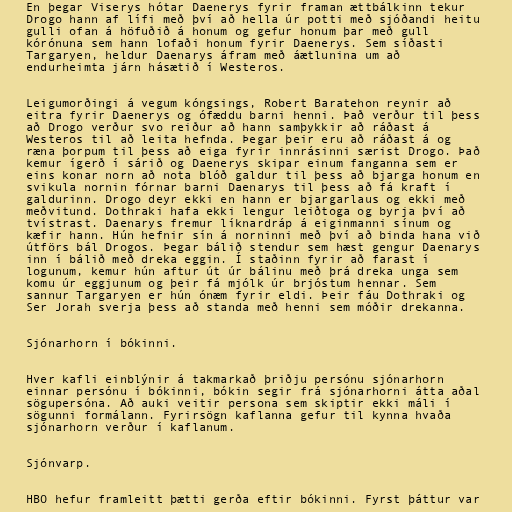
En þegar Viserys hótar Daenerys fyrir framan ættbálkinn tekur
Drogo hann af lífi með því að hella úr potti með sjóðandi heitu
gulli ofan á höfuðið á honum og gefur honum þar með gull
kórónuna sem hann lofaði honum fyrir Daenerys. Sem síðasti
Targaryen, heldur Daenarys áfram með áætlunina um að
endurheimta járn hásætið í Westeros.

Leigumorðingi á vegum kóngsings, Robert Baratehon reynir að
eitra fyrir Daenerys og ófæddu barni henni. Það verður til þess
að Drogo verður svo reiður að hann samþykkir að ráðast á
Westeros til að leita hefnda. Þegar þeir eru að ráðast á og
ræna þorpum til þess að eiga fyrir innrásinni særist Drogo. Það
kemur ígerð í sárið og Daenerys skipar einum fanganna sem er
eins konar norn að nota blóð galdur til þess að bjarga honum en
svikula nornin fórnar barni Daenarys til þess að fá kraft í
galdurinn. Drogo deyr ekki en hann er bjargarlaus og ekki með
meðvitund. Dothraki hafa ekki lengur leiðtoga og byrja því að
tvístrast. Daenarys fremur líknardráp á eiginmanni sínum og
kæfir hann. Hún hefnir sín á norninni með því að binda hana við
útförs bál Drogos. Þegar bálið stendur sem hæst gengur Daenarys
inn í bálið með dreka eggin. Í staðinn fyrir að farast í
logunum, kemur hún aftur út úr bálinu með þrá dreka unga sem
komu úr eggjunum og þeir fá mjólk úr brjóstum hennar. Sem
sannur Targaryen er hún ónæm fyrir eldi. Þeir fáu Dothraki og
Ser Jorah sverja þess að standa með henni sem móðir drekanna.

Sjónarhorn í bókinni.

Hver kafli einblýnir á takmarkað þriðju persónu sjónarhorn
einnar persónu í bókinni, bókin segir frá sjónarhorni átta aðal
sögupersóna. Að auki veitir persona sem skiptir ekki máli í
sögunni formálann. Fyrirsögn kaflanna gefur til kynna hvaða
sjónarhorn verður í kaflanum.

Sjónvarp.

HBO hefur framleitt þætti gerða eftir bókinni. Fyrst þáttur var